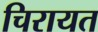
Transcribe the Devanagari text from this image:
चिरायत